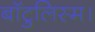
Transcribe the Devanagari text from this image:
बॉटुलिस्म।